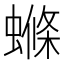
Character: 螩